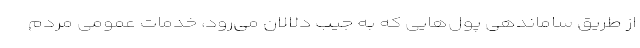
از طریق ساماندهی پول‌هایی که به جیب دلالان می‌رود، خدمات عمومی مردم